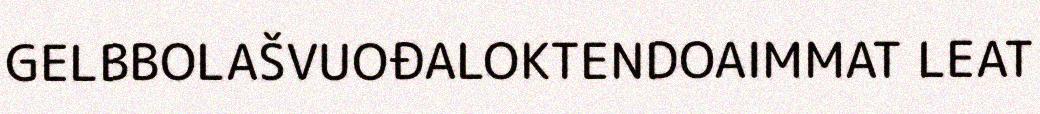
GELBBOLAŠVUOĐALOKTENDOAIMMAT LEAT